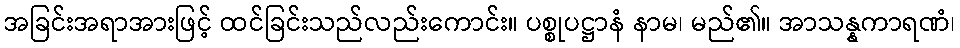
အခြင်းအရာအားဖြင့် ထင်ခြင်းသည်လည်းကောင်း။ ပစ္စုပဋ္ဌာနံ နာမ၊ မည်၏။ အာသန္နကာရဏံ၊